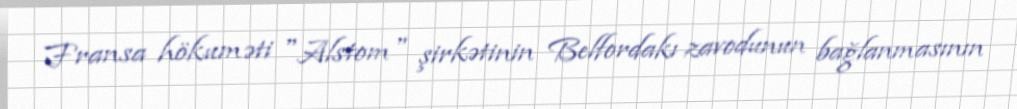
Fransa hökuməti "Alstom" şirkətinin Belfordakı zavodunun bağlanmasının